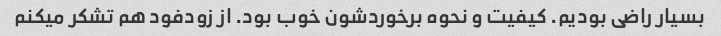
بسیار راضی بودیم. کیفیت و نحوه برخوردشون خوب بود. از زودفود هم تشکر میکنم